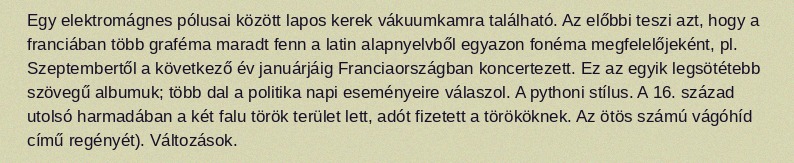
Egy elektromágnes pólusai között lapos kerek vákuumkamra található. Az előbbi teszi azt, hogy a franciában több graféma maradt fenn a latin alapnyelvből egyazon fonéma megfelelőjeként, pl. Szeptembertől a következő év januárjáig Franciaországban koncertezett. Ez az egyik legsötétebb szövegű albumuk; több dal a politika napi eseményeire válaszol. A pythoni stílus. A 16. század utolsó harmadában a két falu török terület lett, adót fizetett a törököknek. Az ötös számú vágóhíd című regényét). Változások.